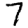
Digit: 7